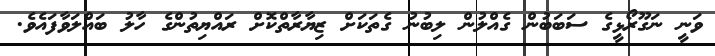
ވަނީ ނަގޫރޯޅީގެ ސަބަބުން ގެއްލުން ލިބުނު ގެތަކަށް ޒިޔާރާތްކޮށް ރައްޔިތުންގެ ހާލު ބައްލަވާފައެވެ.